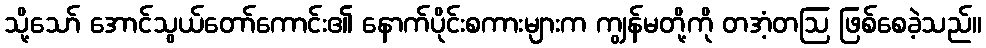
သို့သော် အောင်သွယ်တော်ကောင်း၏ နောက်ပိုင်းစကားများက ကျွန်မတို့ကို တအံ့တဩ ဖြစ်စေခဲ့သည်။